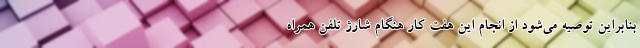
بنابراین توصیه می‌شود از انجام این هفت کار هنگام شارژ تلفن همراه